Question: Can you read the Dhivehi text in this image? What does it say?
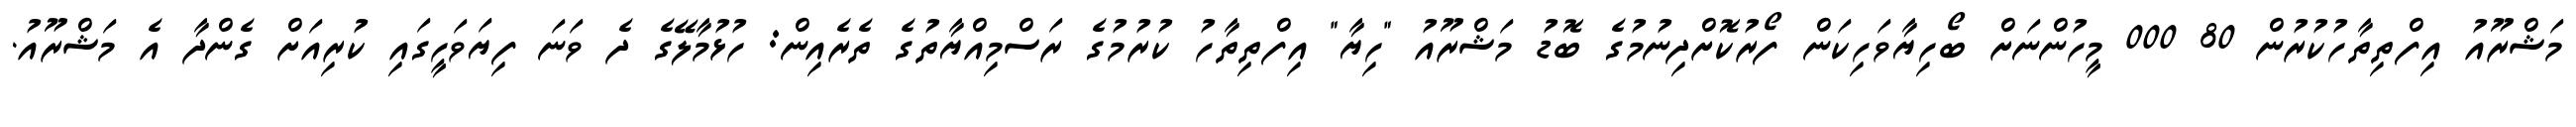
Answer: މަޝްރޫއު އިފްތިތާހުކުރުން 80 000 މީހުންނަށް ބޯހިޔާވަހިކަން ފޯރުކޮށްދިނުމުގެ ބޮޑު މަޝްރޫއު "ހިޔާ" އިފްތިތާހު ކުރުމުގެ ރަސްމިއްޔާތުގެ ތެރެއިން: ހުޅުމާލޭގެ ދެ ވަނަ ފިޔަވަހީގައި ކުރިއަށް ގެންދާ އެ މަޝްރޫއު.